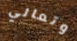
وتعالي